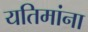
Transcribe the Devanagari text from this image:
यतिमांना